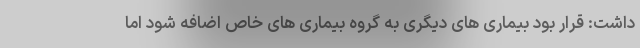
داشت: قرار بود بیماری های دیگری به گروه بیماری های خاص اضافه شود اما